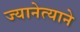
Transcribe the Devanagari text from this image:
ज्यानेत्याने